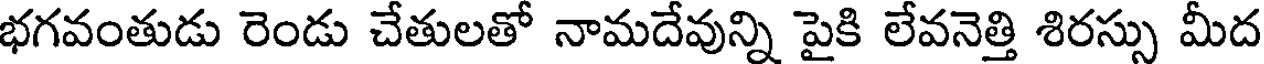
భగవంతుడు రెండు చేతులతో నామదేవున్ని పైకి లేవనెత్తి శిరస్సు మీద